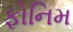
ફોનિમ